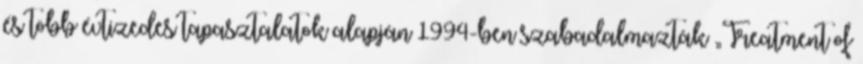
és több évtizedes tapasztalatok alapján 1994-ben szabadalmazták „Treatment of